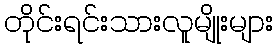
တိုင်းရင်းသားလူမျိုးများ